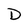
Character: D